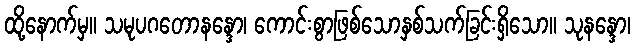
ထို့နောက်မှ။ သမုပဂတောနန္ဒော၊ ကောင်းစွာဖြစ်သောနှစ်သက်ခြင်းရှိသော။ သုနန္ဒော၊